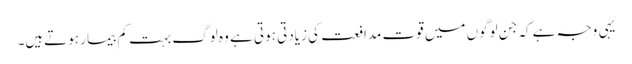
یہی وجہ ہے کہ جن لوگوں میں قوت مدافعت کی زیادتی ہوتی ہے وہ لوگ بہت کم بیمار ہوتےہیں۔